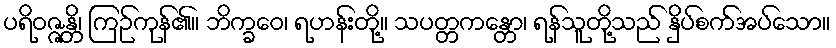
ပရိဝဇ္ဇန္တိ၊ ကြဉ်ကုန်၏။ ဘိက္ခဝေ၊ ရဟန်းတို့။ သပတ္တကန္တော၊ ရန်သူတို့သည် နှိပ်စက်အပ်သော။